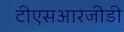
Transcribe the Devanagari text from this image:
टीएसआरजीडी